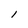
Character: 1